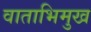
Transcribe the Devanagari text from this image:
वाताभिमुख